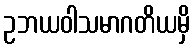
ဥဘယဝါသမာဂတိယမှိ